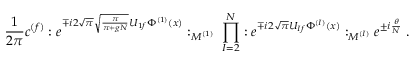
\frac { 1 } { 2 \pi } c ^ { ( f ) } : e ^ { \mp i 2 \sqrt { \pi } \sqrt { \frac { \pi } { \pi + g N } } U _ { 1 f } \Phi ^ { ( 1 ) } ( x ) } : _ { M ^ { ( 1 ) } } \; \prod _ { I = 2 } ^ { N } : e ^ { \mp i 2 \sqrt { \pi } U _ { I f } \Phi ^ { ( I ) } ( x ) } : _ { M ^ { ( I ) } } e ^ { \pm i \frac { \theta } { N } } \; .